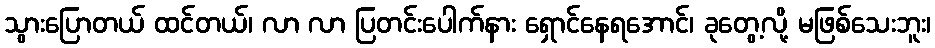
သွားပြောတယ် ထင်တယ်၊ လာ လာ ပြတင်းပေါက်နား ရှောင်နေရအောင်၊ ခုတွေ့လို့ မဖြစ်သေးဘူး၊